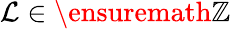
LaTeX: \mathcal{L}\in\ensuremath{{\mathbb{{Z}}}}